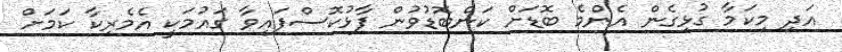
އަދި މިކަމާ ގުޅިގެން އެންމެ ބޮޑަށް ކަންބޮޑުވުން ފާޅުކޮސްފައިވާ ގައުމަކީ އެމެރިކާ ކަމަށް